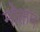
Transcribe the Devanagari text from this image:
मोक्तन